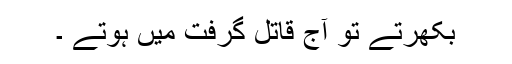
بکھرتے تو آج قاتل گرفت میں ہوتے ۔